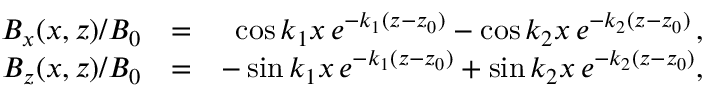
\begin{array} { r l r } { B _ { x } ( x , z ) / B _ { 0 } } & { = } & { \cos k _ { 1 } x \, e ^ { - k _ { 1 } ( z - z _ { 0 } ) } - \cos k _ { 2 } x \, e ^ { - k _ { 2 } ( z - z _ { 0 } ) } \, , } \\ { B _ { z } ( x , z ) / B _ { 0 } } & { = } & { - \sin k _ { 1 } x \, e ^ { - k _ { 1 } ( z - z _ { 0 } ) } + \sin k _ { 2 } x \, e ^ { - k _ { 2 } ( z - z _ { 0 } ) } , } \end{array}